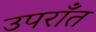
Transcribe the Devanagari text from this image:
उपराँत